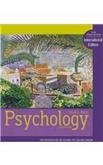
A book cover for Psychology; David G. Myers; Health, Fitness & Dieting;